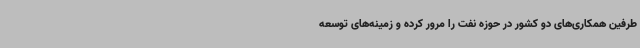
طرفین همکاری‌های دو کشور در حوزه نفت را مرور کرده و زمینه‌های توسعه